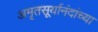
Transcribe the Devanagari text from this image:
अमृतसूर्यानंदांच्या